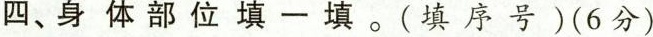
四、身体部位填一填。(填序号)(6分)